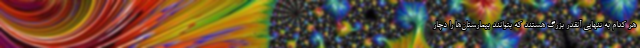
هر کدام به تنهایی آنقدر بزرگ هستند که بتوانند بیمارستان‌ها را دچار